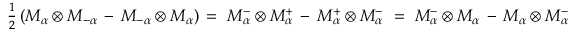
{ \textstyle \frac { 1 } { 2 } } \left( M _ { \alpha } ^ { } \otimes M _ { - \alpha } ^ { } \, - \, M _ { - \alpha } ^ { } \otimes M _ { \alpha } ^ { } \right) \, = ~ M _ { \alpha } ^ { - } \otimes M _ { \alpha } ^ { + } \, - \, M _ { \alpha } ^ { + } \otimes M _ { \alpha } ^ { - } ~ = ~ M _ { \alpha } ^ { - } \otimes M _ { \alpha } ^ { } \, - \, M _ { \alpha } ^ { } \otimes M _ { \alpha } ^ { - }